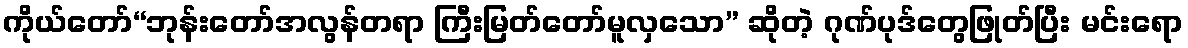
ကိုယ်တော်“ဘုန်းတော်အလွန်တရာ ကြီးမြတ်တော်မူလှသော” ဆိုတဲ့ ဂုဏ်ပုဒ်တွေဖြုတ်ပြီး မင်းရော